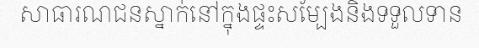
សាធារណជនស្នាក់នៅក្នុងផ្ទះសម្បែងនិងទទួលទាន